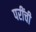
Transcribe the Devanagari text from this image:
परींची